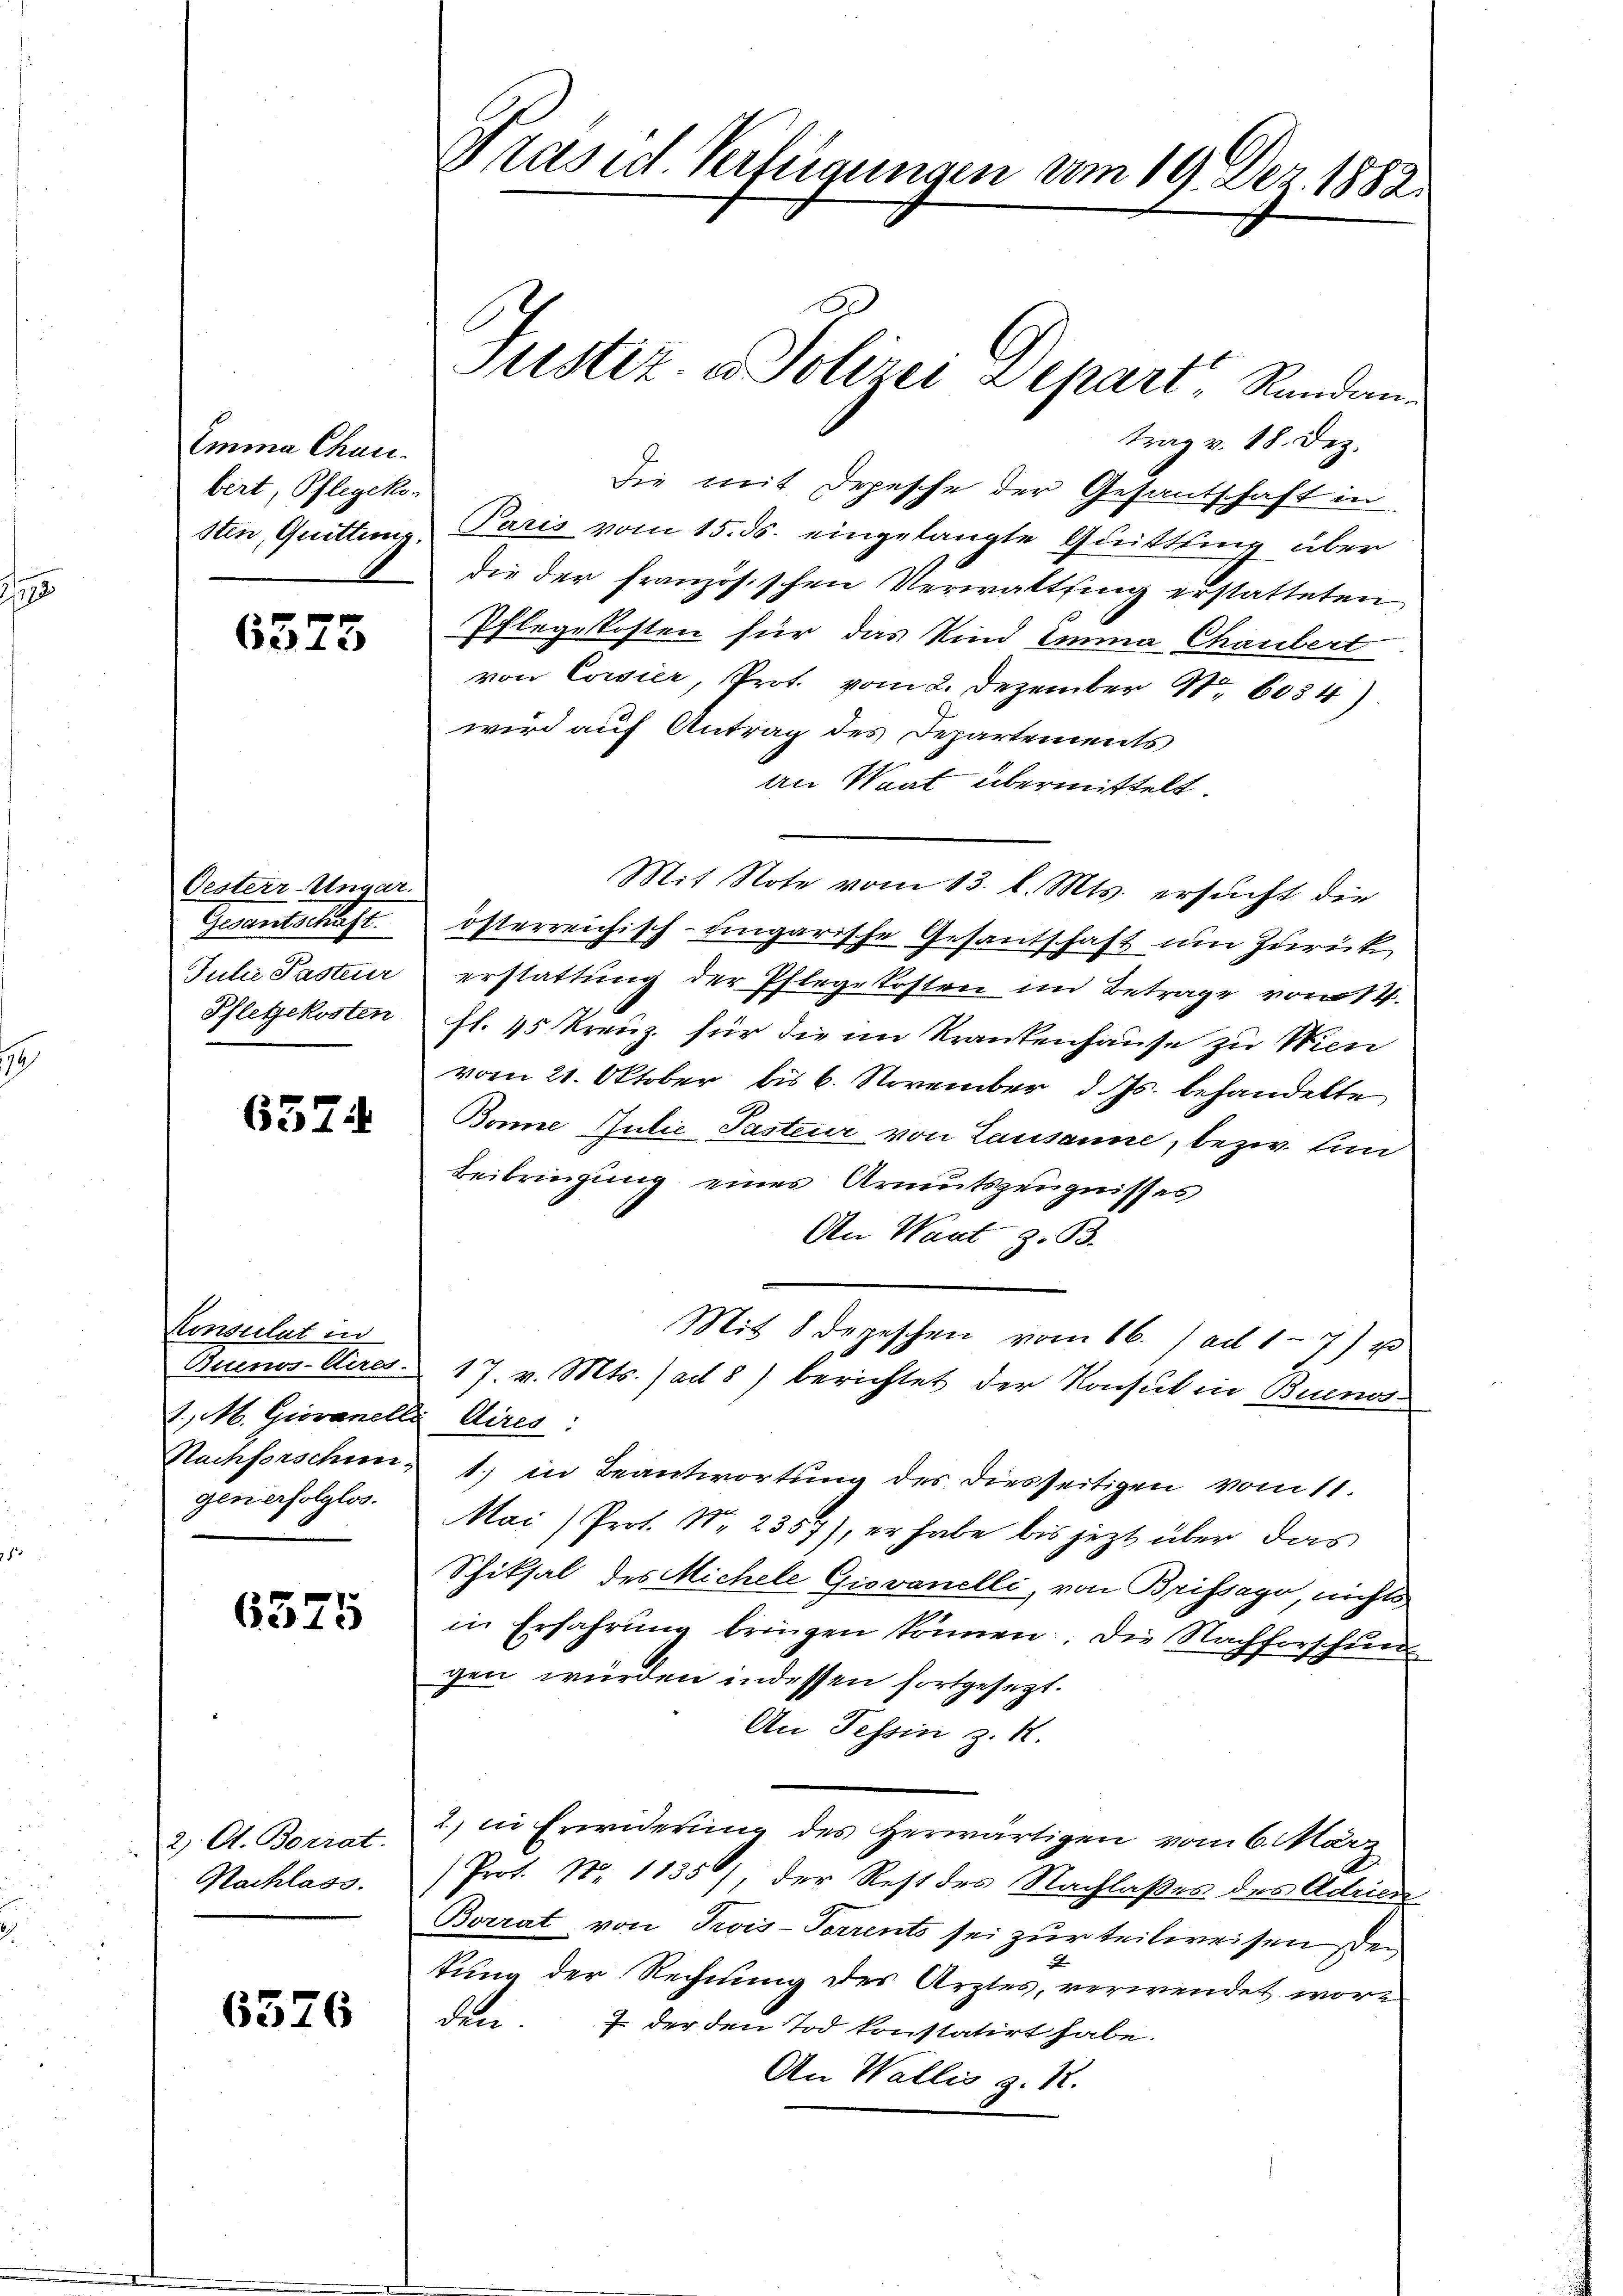
Emma Chau
birt, Pflegeko
sten, Quittung

6375

Oesterr-Ungar.
Gesandtschaft.
Juhe Paster
Pflegekosten

657.

Konsulat ind
Buenos-Aires.
., M. Giovanell
Nachforschen.
gen erfolglos.

6375

2) A. Borrat.
Nachlass.

6376

Präsid. Verfügungen vom 19. Dez. 1882.

Justiz- & Polizei Depart Rundantrag v. 18. Dez.
Die mit Depesche der Gesantschaft in
Paris vom 15. ds. eingelangte Quittling über
die der französischen Verwaltung erstatteten
Pflegekosten für das Kind Emma Chaubert
von Corsier, Prot. vom 2. Dezember No 6034)
wird auf Antrag des Departements
an Saat übermittelt.
Mit Note vom 13. l. Mts. ersucht die
österreichisch-ungarische Gesantschaft um Zurück
erstattung der Pflegekosten im Betrage vom 14.
fl. 45 kreuz für die im Krankenhause zu Wien
vom 21. Oktober bis 6. November d. Js. behandelte
Bonne Gubić Pasteur von Lausanne, bezw. Ein
Beibringung eines Armutszeugnisses
An Waat z. B.
Mit 8 depeschen vom 16. / ad 17) u
17 v. Mts. (ad 8) berichtet der Konsul in Buenos
 Aires:
1.) in Beantwortung des diesseitigen vom 11.
Mai/Prot. N. 2357), er habe bis jetzt über das
Schiksal des Michele Giovanelli, von Brissago, nichts
in Erfahrung bringen können. Die Nachforschungen würden indessen fortgesezt.
An Tessin z. R.
2) in Erwiderung des Herwärtigen vom 6. März
Prot. N. 1135), der Rest des Nachlaßes des Adrien
Borrat von Trois-Forrents sei zur teilweisen den
A
tung der Rechnung des Arztes, verwendet worden. I der den Tod konstatirt habe.
An Wallis z. B.